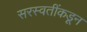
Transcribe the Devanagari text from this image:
सरस्वतींकडून